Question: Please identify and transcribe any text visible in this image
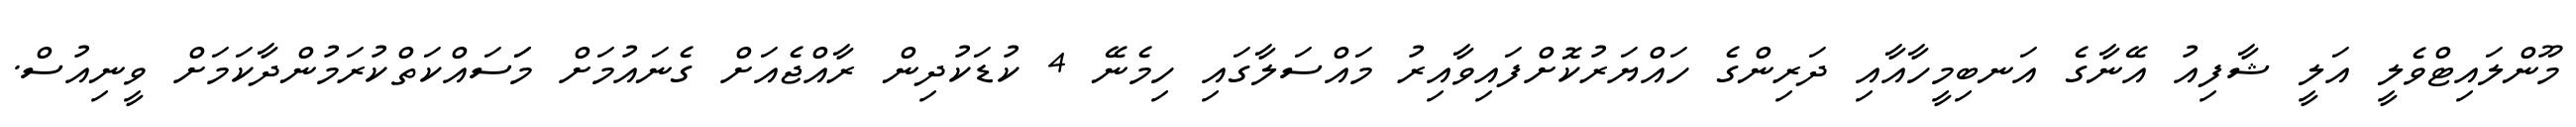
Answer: މޫންލައިޓްވެލީ އަލީ ޝާފިއު އޭނާގެ އަނބިމީހާއާއި ދަރިންގެ ހައްޔަރުކޮށްފައިވާއިރު މައްސަލާގައި ހިމެނޭ 4 ކުޑަކުދިން ރާއްޖެއަށް ގެނައުމަށް މަަސައްކަތްކުރަމުންދާކަމަށް ވީނިއުސް.